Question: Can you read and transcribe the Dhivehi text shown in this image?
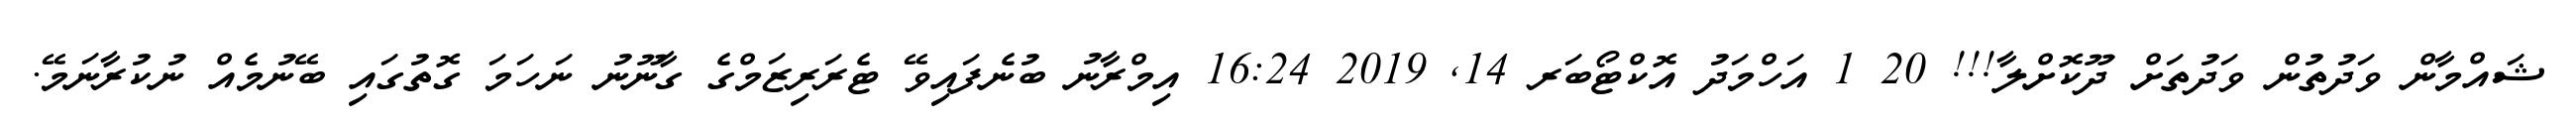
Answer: ޝައްމާން ވަދުތުން ވަދުތަށް ދޫކޮށްލާ!!! 20 1 އަހްމަދު އޮކްޓޯބަރ 14, 2019 16:24 އިމްރާނު ބުނެފައިވޭ ޓެރަރިޒަމްގެ ގާނޫނު ނަހަމަ ގޮތުގައި ބޭނުމެއް ނުކުރާނަމޭ.